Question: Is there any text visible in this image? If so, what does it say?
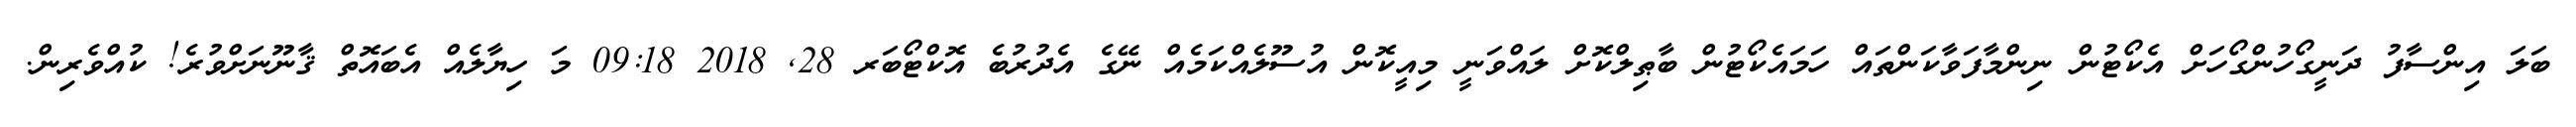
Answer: ބަލަ އިންސާފު ދަނީގޯހުންގޯހަށް އެކޯޓުން ނިންމާފަވާކަންތައް ހަމައެކޯޓުން ބާޠިލްކޮށް ލައްވަނީ މިއީކޮން އުސޫލެއްކަމެއް ނޭގެ އެދުރުބެ އޮކްޓޯބަރ 28, 2018 09:18 މަ ހިޔާލެއް އެބައޮތް ޤާނޫނަށްވުރެ! ކުއްވެރިން.